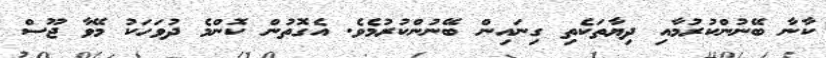
ކާނާ ބޭނުންކުރުމާއި ދިޔާތަކެތި ގިނައިން ބޭނުންކުރުމެވެ. އެގޮތުން ކޮންމެ ދުވަހަކު މޭވާ ޖޫސް